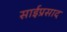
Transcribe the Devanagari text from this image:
साईप्रसाद